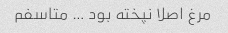
مرغ اصلا نپخته بود … متاسفم